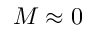
M \approx 0